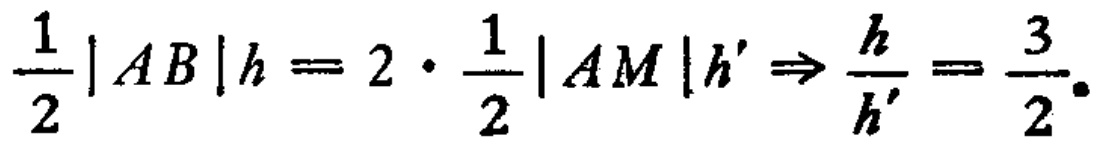
$\frac{1}{2}|AB|h = 2\cdot\frac{1}{2}|AM|h'\Rightarrow\frac{h}{h'}=\frac{3}{2}.$